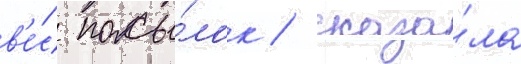
в'е́с посы́лок / сказа́ла